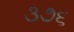
૩૭૬